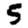
Digit: 5